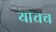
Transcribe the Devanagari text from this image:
याचच